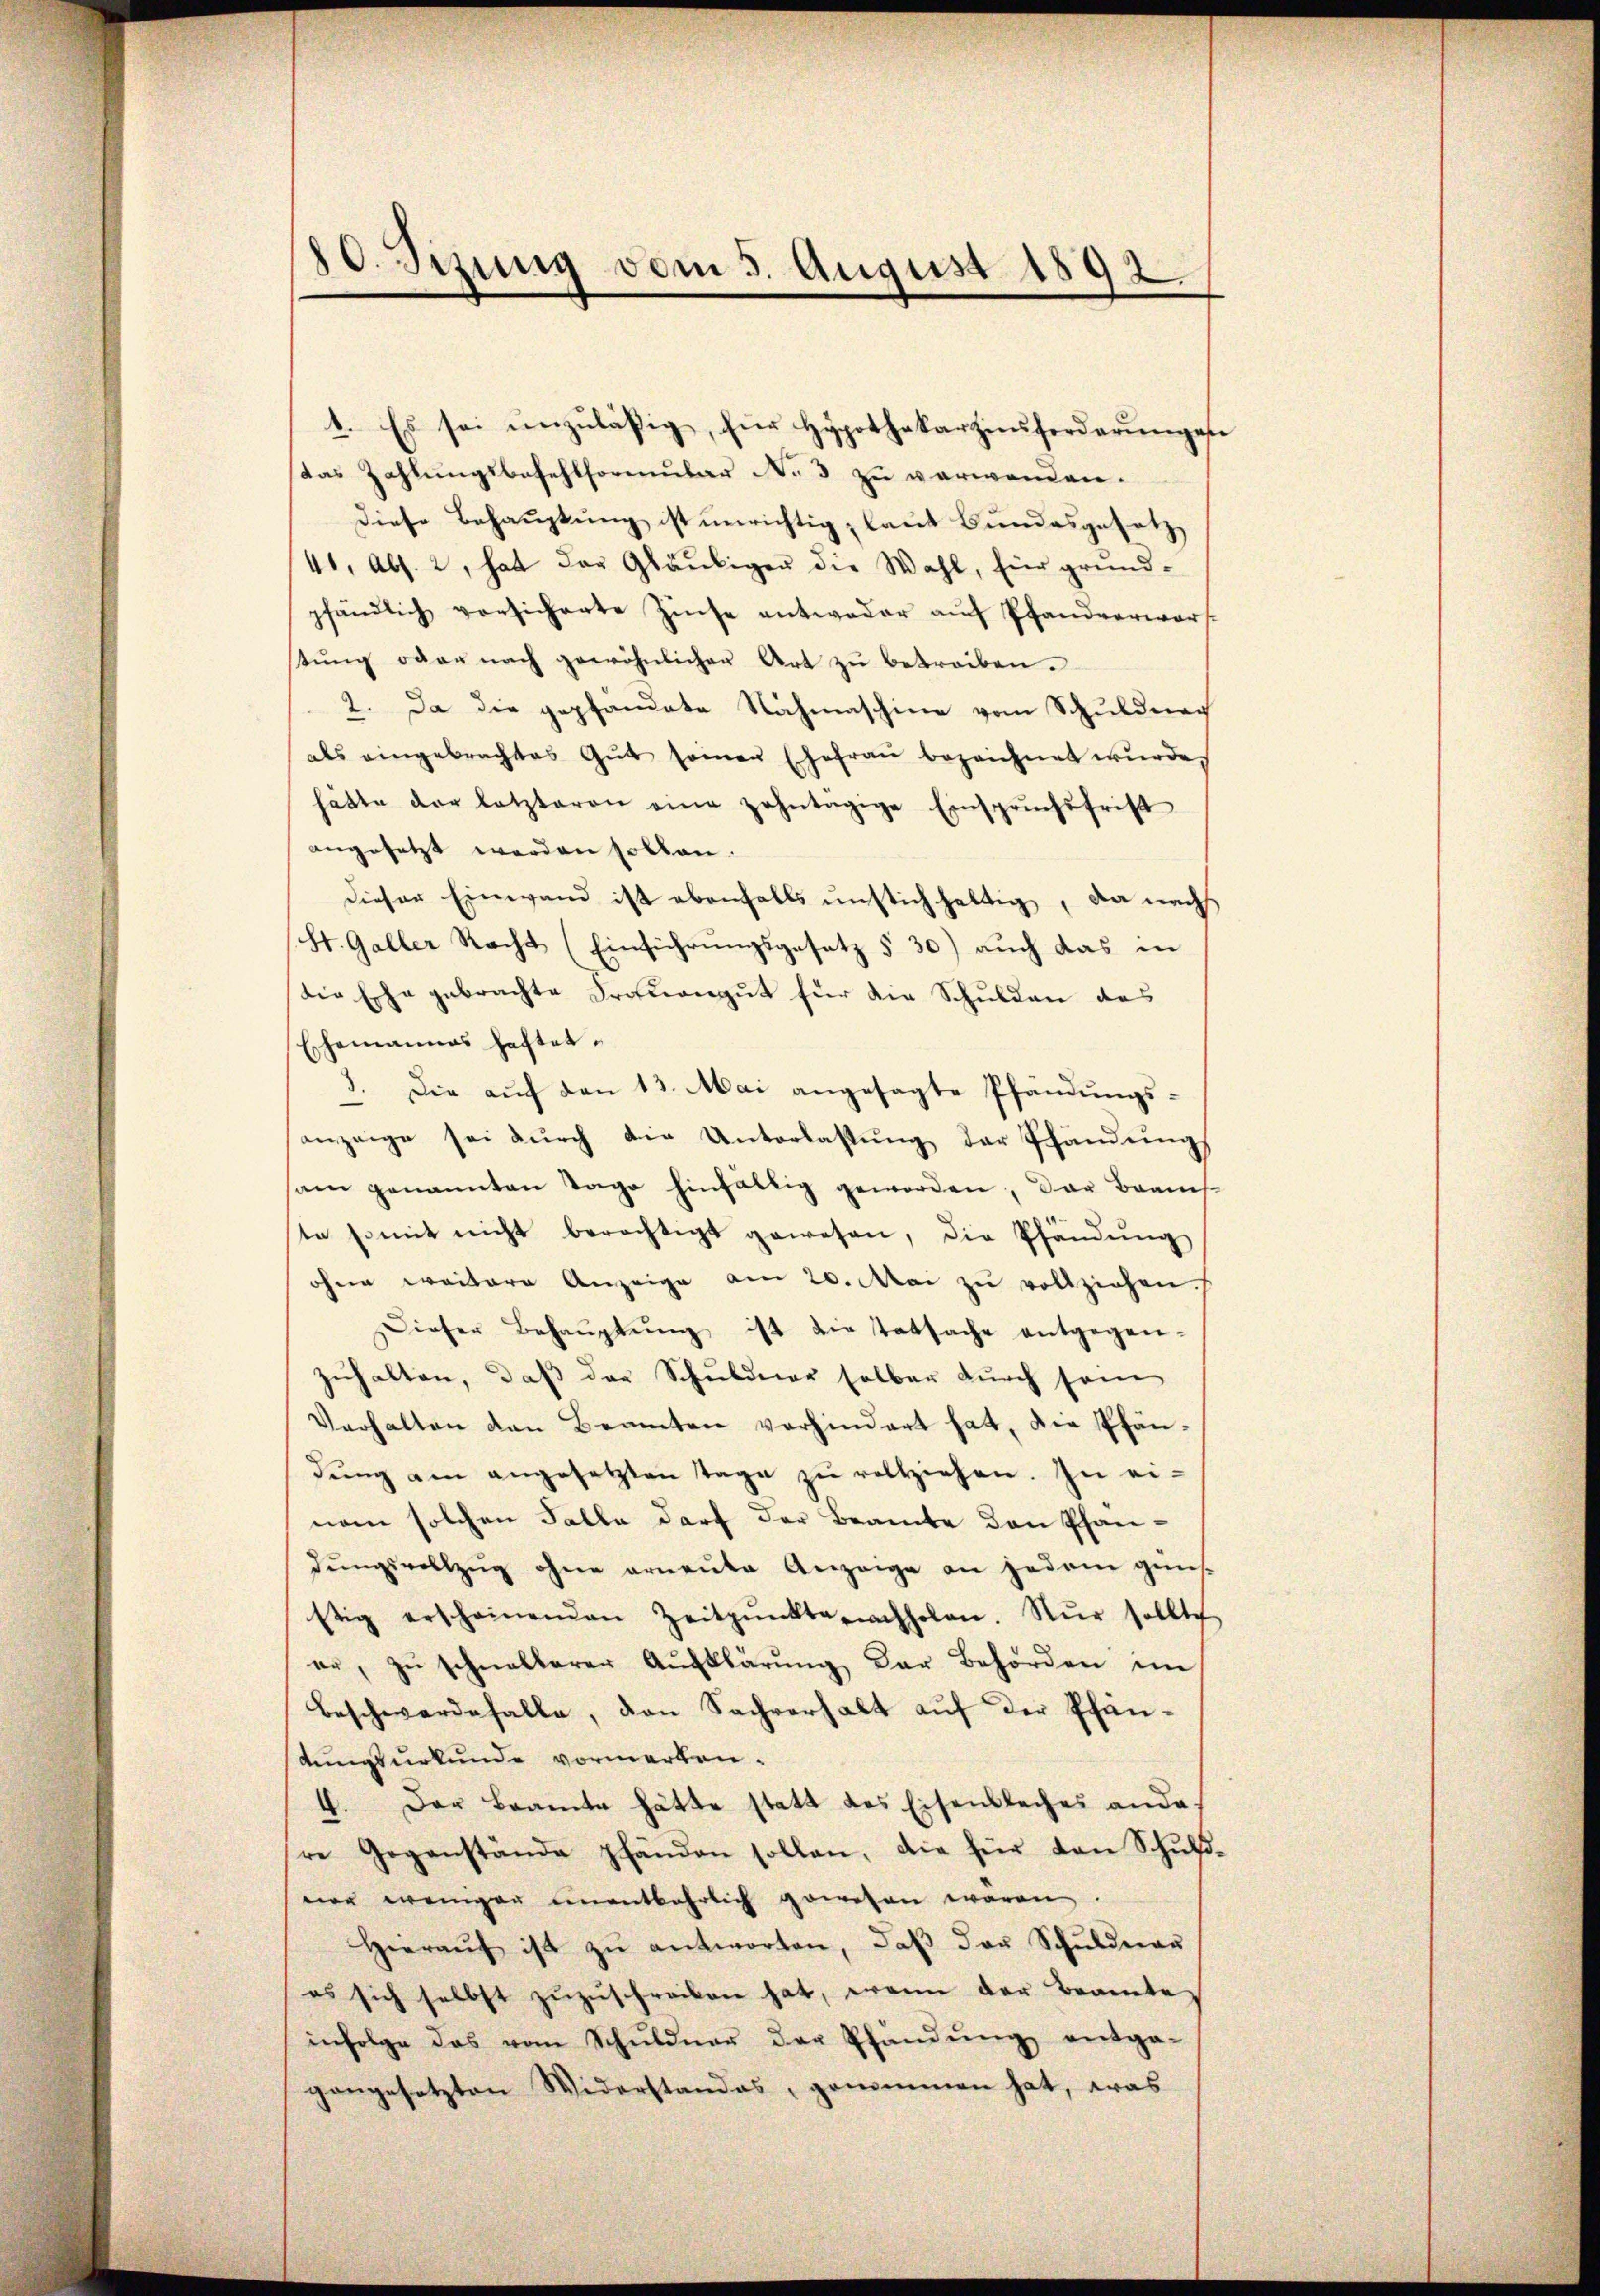
10. Sizung vom 5. August 1892.
e

1. Es sei unzuläßig, für Hypothekarzinsforderunges
das Zahlungsbefehlformular No 3 zu verwenden.
diese Behauptung ist unrichtig, laut Bundesgesetz
41, Abs. 2, hat des Gläubigen die Wahl, für grundpfändlich vorsicherte Zinse antweder auf Pfandverworf
stŭng oder nach gewöhnlicher Art zŭ betreiben.
2. Da die gepfandete Nachmaschine vom Schuldnach
als eingebrachtes Gŭt seinen Ehefraŭ bezeichnet wŭrde,
hätte der letzteren eine zehntägige Einspruchsfrist
angesetzt werden sollen.
dieser Einwand ist ebenfalls unstichhaltig, da nach
St. Galler Recht (Einführungsgesetz § 30) auch das in
Die Erha gebrachte Frauengut für die Schulden des
Ehemannes haftet.
1. Die auf den 13. Mai angesagte Pfändungsanzeige sei durch die Unterlassung der Pfandung
sam genannten Tage hinfällig geworden, der Brauch
ste somit nicht berechtigt gewesen, die Pfändung
ohne weitere Anzeige am 20. Mai zŭ vollziehen.
Dieser Behaŭptŭng ist die Tatsache entgegen-
zuhalten, daß das Schuldner selber durch sein
Verhalten den Beamten vorhindert hat, die Pfän-
dŭng am angesetzten Tage zŭ rechziehen. In ei-
nam solchen Falle darf der Beamte den Pfandŭngsvollzug ohne erneute Anzeige an jedem güns
stig erscheinenden Zeitpŭnkte nachholen. Nur sollte
er, zŭ schnellerer Aufklärŭng der Behörden im
Beschwerdefalle, den Sachverhalt auf der Pfändungsurkunde vormerken.
4. Der Beamte hätte statt des Eisenbaches ande,
re Gegenstände pfänden sollen, die für den Schŭl-
ner weniger unentbehrlich gewesen wären.
Hieraŭf ist zŭ antworten, daβ das Schŭldeau
es sich selbst zuzuschreiben hat, wenn der Beamte
infolge das vom Schŭldner der Pfandŭng entge-
gangesetzten Widerstandes, genommen hat, was